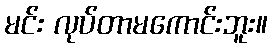
မင်း လုပ်တာမကောင်းဘူး။